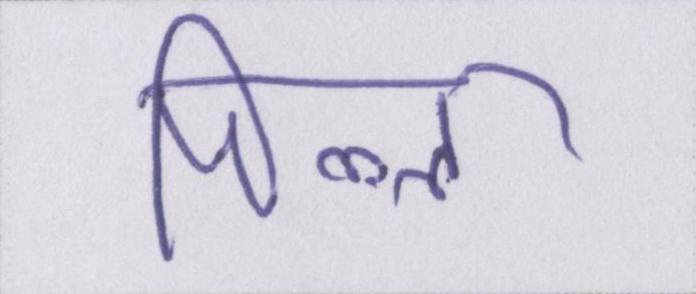
पिल्ला